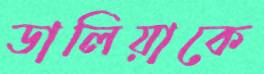
ডালিয়াকে